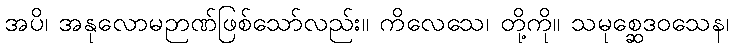
အပိ၊ အနုလောမဉာဏ်ဖြစ်သော်လည်း။ ကိလေသေ၊ တို့ကို။ သမုစ္ဆေဒဝသေန၊